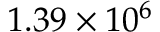
1 . 3 9 \times 1 0 ^ { 6 }